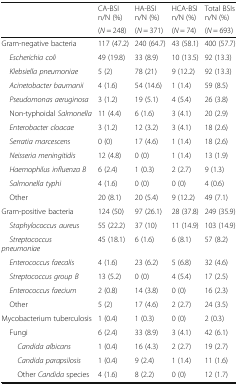
<table><thead><tr><td rowspan="2"></td><td><b>CA-BSIn/N (%)</b></td><td><b>HA-BSIn/N (%)</b></td><td><b>HCA-BSIn/N (%)</b></td><td><b>Total BSIsn/N (%)</b></td></tr><tr><td><b>(<i>N</i> = 248)</b></td><td><b>(<i>N</i> = 371)</b></td><td><b>(<i>N</i> = 74)</b></td><td><b>(<i>N</i> = 693)</b></td></tr></thead><tbody><tr><td>Gram-negative bacteria</td><td>117 (47.2)</td><td>240 (64.7)</td><td>43 (58.1)</td><td>400 (57.7)</td></tr><tr><td><i> Escherichia coli</i></td><td>49 (19.8)</td><td>33 (8.9)</td><td>10 (13.5)</td><td>92 (13.3)</td></tr><tr><td><i> Klebsiella pneumoniae</i></td><td>5 (2)</td><td>78 (21)</td><td>9 (12.2)</td><td>92 (13.3)</td></tr><tr><td><i> Acinetobacter baumanii</i></td><td>4 (1.6)</td><td>54 (14.6)</td><td>1 (1.4)</td><td>59 (8.5)</td></tr><tr><td><i> Pseudomonas aeruginosa</i></td><td>3 (1.2)</td><td>19 (5.1)</td><td>4 (5.4)</td><td>26 (3.8)</td></tr><tr><td> Non-typhoidal <i>Salmonella</i></td><td>11 (4.4)</td><td>6 (1.6)</td><td>3 (4.1)</td><td>20 (2.9)</td></tr><tr><td><i> Enterobacter cloacae</i></td><td>3 (1.2)</td><td>12 (3.2)</td><td>3 (4.1)</td><td>18 (2.6)</td></tr><tr><td><i> Serratia marcescens</i></td><td>0 (0)</td><td>17 (4.6)</td><td>1 (1.4)</td><td>18 (2.6)</td></tr><tr><td><i> Neisseria meningitidis</i></td><td>12 (4.8)</td><td>0 (0)</td><td>1 (1.4)</td><td>13 (1.9)</td></tr><tr><td><i> Haemophilus influenza B</i></td><td>6 (2.4)</td><td>1 (0.3)</td><td>2 (2.7)</td><td>9 (1.3)</td></tr><tr><td><i> Salmonella typhi</i></td><td>4 (1.6)</td><td>0 (0)</td><td>0 (0)</td><td>4 (0.6)</td></tr><tr><td> Other</td><td>20 (8.1)</td><td>20 (5.4)</td><td>9 (12.2)</td><td>49 (7.1)</td></tr><tr><td>Gram-positive bacteria</td><td>124 (50)</td><td>97 (26.1)</td><td>28 (37.8)</td><td>249 (35.9)</td></tr><tr><td> <i>Staphylococcus aureus</i></td><td>55 (22.2)</td><td>37 (10)</td><td>11 (14.9)</td><td>103 (14.9)</td></tr><tr><td> <i>Streptococcus pneumoniae</i></td><td>45 (18.1)</td><td>6 (1.6)</td><td>6 (8.1)</td><td>57 (8.2)</td></tr><tr><td> <i>Enterococcus faecalis</i></td><td>4 (1.6)</td><td>23 (6.2)</td><td>5 (6.8)</td><td>32 (4.6)</td></tr><tr><td> <i>Streptococcus group B</i></td><td>13 (5.2)</td><td>0 (0)</td><td>4 (5.4)</td><td>17 (2.5)</td></tr><tr><td> <i>Enterococcus faecium</i></td><td>2 (0.8)</td><td>14 (3.8)</td><td>0 (0)</td><td>16 (2.3)</td></tr><tr><td> Other</td><td>5 (2)</td><td>17 (4.6)</td><td>2 (2.7)</td><td>24 (3.5)</td></tr><tr><td>Mycobacterium tuberculosis</td><td>1 (0.4)</td><td>1 (0.3)</td><td>0 (0)</td><td>2 (0.3)</td></tr><tr><td> Fungi</td><td>6 (2.4)</td><td>33 (8.9)</td><td>3 (4.1)</td><td>42 (6.1)</td></tr><tr><td><i>Candida albicans</i></td><td>1 (0.4)</td><td>16 (4.3)</td><td>2 (2.7)</td><td>19 (2.7)</td></tr><tr><td><i>Candida parapsilosis</i></td><td>1 (0.4)</td><td>9 (2.4)</td><td>1 (1.4)</td><td>11 (1.6)</td></tr><tr><td>Other <i>Candida</i> species</td><td>4 (1.6)</td><td>8 (2.2)</td><td>0 (0)</td><td>12 (1.7)</td></tr></tbody></table>